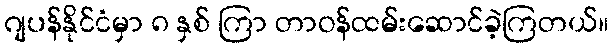
ဂျပန်နိုင်ငံမှာ ၈ နှစ် ကြာ တာဝန်ထမ်းဆောင်ခဲ့ကြတယ်။